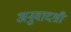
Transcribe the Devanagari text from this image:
अनुवादश्री